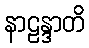
နာဠန္ဒာတိ